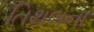
તિથલના